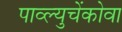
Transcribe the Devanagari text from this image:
पाव्ल्युचेंकोवा